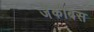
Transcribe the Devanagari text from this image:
जेकोबस